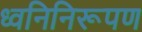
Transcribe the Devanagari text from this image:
ध्वनिनिरूपण